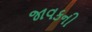
જાવકની